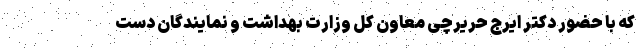
که با حضور دکتر ایرج حریرچی معاون کل وزارت بهداشت و نمایندگان دست